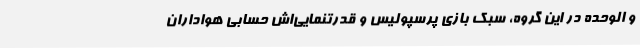
و الوحده در این گروه، سبک بازی پرسپولیس و قدرتنمایی‌اش حسابی هواداران